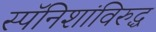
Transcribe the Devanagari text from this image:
स्पॅनिशांविरुद्ध